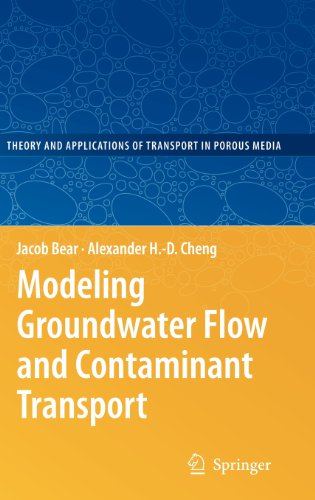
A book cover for Modeling Groundwater Flow and Contaminant Transport (Theory and Applications of Transport in Porous Media); Jacob Bear; Science & Math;